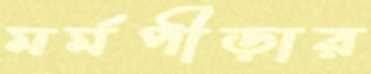
মর্মপীড়ার